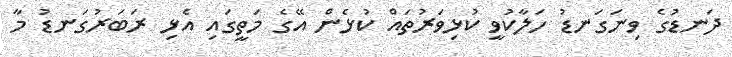
ދަނޑުގެ ވިނަގަނޑު ހަލާކުވީ ކުޅިވަރުތައް ކުޅެން އޭގެ މަތީގައި އެޅި ރަބަރުގަނޑު މާ